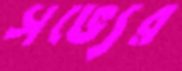
সভ্যের